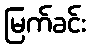
မြက်ခင်း